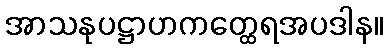
အာသနုပဋ္ဌာဟကတ္ထေရအပဒါန။